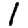
Digit: 1